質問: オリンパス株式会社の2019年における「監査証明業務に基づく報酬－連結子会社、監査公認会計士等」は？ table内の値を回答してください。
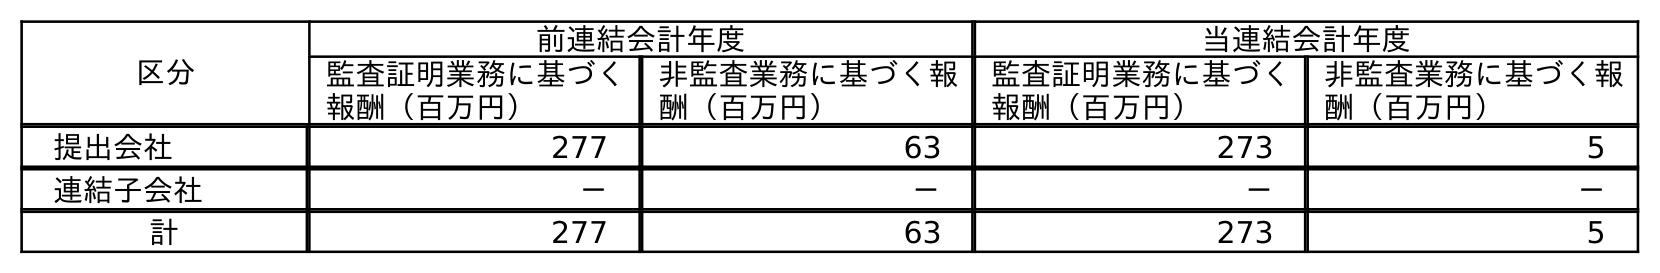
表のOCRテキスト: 区分 前連結会計年度 当連結会計年度 監査証明業務に基づく 報酬（百万円） 非監査業務に基づく報 酬（百万円） 監査証明業務に基づく 報酬（百万円） 非監査業務に基づく報 酬（百万円） 提出会社 277 63 273 5 連結子会社 － － － － 計 277 63 273 5
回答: －